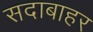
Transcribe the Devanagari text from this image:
सदाबाहर